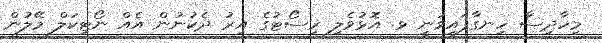
މިހާދިސާ ހިނގާފައިވަނީ ޅ. އޮޅުވެލި ރިސޯޓުގެ އިރު ދެކުނުން އެއް ނޯޓިކަލް މޭލުން